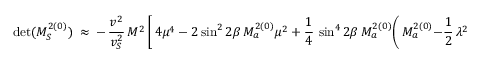
\operatorname * { d e t } ( M _ { S } ^ { 2 ( 0 ) } ) \ \approx \ - \, \frac { v ^ { 2 } } { v _ { S } ^ { 2 } } \, M ^ { 2 } \, \bigg [ \, 4 \mu ^ { 4 } \ - \ 2 \sin ^ { 2 } 2 \beta \, M _ { a } ^ { 2 ( 0 ) } \mu ^ { 2 } \ + \ \frac { 1 } { 4 } \, \sin ^ { 4 } 2 \beta \, M _ { a } ^ { 2 ( 0 ) } \bigg ( \, M _ { a } ^ { 2 ( 0 ) } \: - \: \frac { 1 } { 2 } \, \lambda ^ { 2 } v ^ { 2 } \, \bigg ) \, \bigg ] \, .